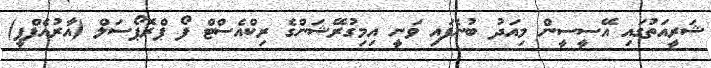
ޝަރީއަތުގައި އޭސީސީން މިއަދު ބުނެފައި ވަނީ އިމިގުރޭޝަންގެ ރިކްއެސްޓް ފޯ ޕްރޮޕޯސަލް (އާރުއެފްޕީ)